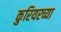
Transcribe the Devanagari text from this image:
कुरियरच्या